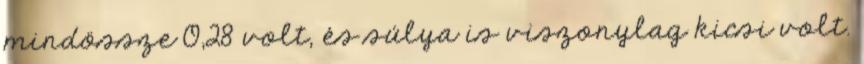
mindössze 0,28 volt, és súlya is viszonylag kicsi volt.